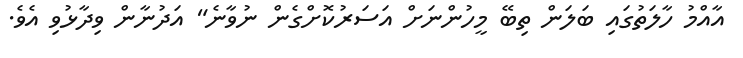
އާއްމު ހާލަތުގައި ބަލަން ތިބޭ މީހުންނަށް އަސަރުކޮށްގެން ނުވާނެ" އަދުނާން ވިދާޅުވި އެވެ.